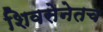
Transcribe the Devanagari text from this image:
शिवसेनेतच